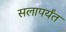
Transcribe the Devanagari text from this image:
सलापर्यंत